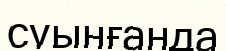
суынғанда